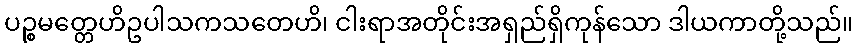
ပဉ္စမတ္တေဟိဥပါသကသတေဟိ၊ ငါးရာအတိုင်းအရှည်ရှိကုန်သော ဒါယကာတို့သည်။